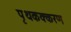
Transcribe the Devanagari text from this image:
पृथकक्करण